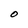
Character: O